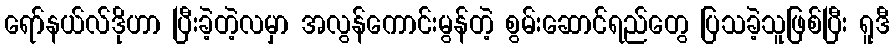
ရော်နယ်လ်ဒိုဟာ ပြီးခဲ့တဲ့လမှာ အလွန်ကောင်းမွန်တဲ့ စွမ်းဆောင်ရည်တွေ ပြသခဲ့သူဖြစ်ပြီး ရူဒီ